Source: Handwritten
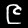
Digit: ၉ (9)